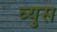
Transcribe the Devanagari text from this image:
व्युस